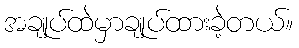
အချုပ်ထဲမှာချုပ်ထားခဲ့တယ်။